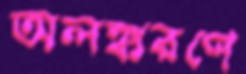
অলঙ্করণে